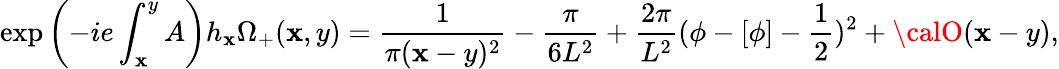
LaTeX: \exp\left(-ie\int_{\mathbf{x}}^{y}A\right)h_{\mathbf{x}}\Omega_{+}(\mathbf{x},y)=\frac{{1}}{{\pi(\mathbf{x}-y)^{2}}}-\frac{{\pi}}{{6L^{2}}}+\frac{{2\pi}}{{L^{2}}}(\phi-[\phi]-\frac{{1}}{{2}})^{2}+{\calO}(\mathbf{x}-y),